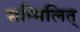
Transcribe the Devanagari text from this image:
सम्मिलित्